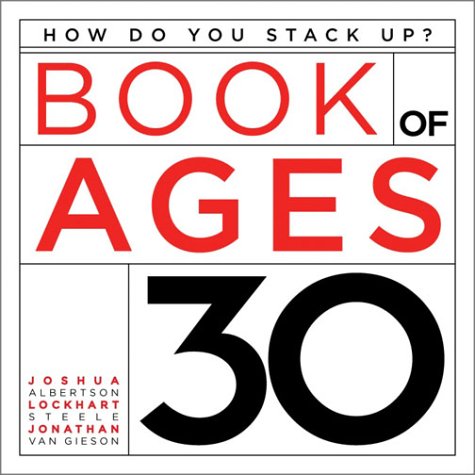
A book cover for Book of Ages 30; Lockhart Steele; Humor & Entertainment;